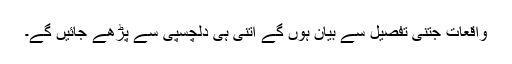
واقعات جتنی تفصیل سے بیان ہوں گے اتنی ہی دلچسپی سے پڑھے جائیں گے۔